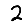
Digit: 2